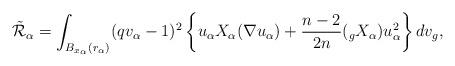
LaTeX: \begin{align*} \tilde{\mathcal{R}}_{\alpha}= \int_{B_{x_\alpha}(r_\alpha)} (qv_\alpha-1)^2 \left\{u_\alpha X_\alpha(\nabla u_\alpha) +\frac{n-2}{2n}(_g X_\alpha) u_\alpha^2\right\} dv_g, \end{align*}